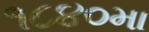
૧૮૪૦મા